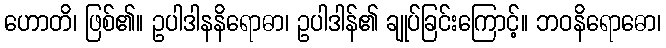
ဟောတိ၊ ဖြစ်၏။ ဥပါဒါနနိရောဓာ၊ ဥပါဒါန်၏ ချုပ်ခြင်းကြောင့်။ ဘဝနိရောဓော၊